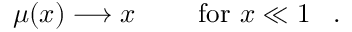
{ \begin{array} { r l r } { \mu ( x ) \longrightarrow x } & { { } } & { { \mathrm { ~ f o r ~ } } x \ll 1 } \end{array} } ~ .